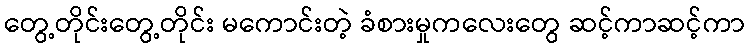
တွေ့တိုင်းတွေ့တိုင်း မကောင်းတဲ့ ခံစားမှုကလေးတွေ ဆင့်ကာဆင့်ကာ